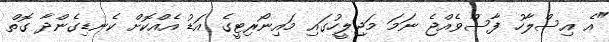
"އެ އިސްލާހު ފާސްވެއްޖެ ނަމަ މަޖިލީހުގައި މައިނޯރިޓީގެ އަޑު އެއްކޮށް ކެނޑިގެންދާ ގޮތް